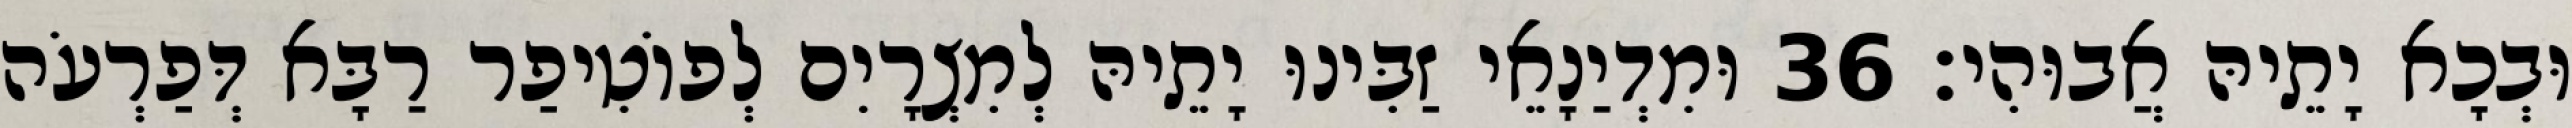
וּבְכָא יָתֵיהּ אֲבוּהִי׃ 36 וּמִדְיַנָאֵי זַבִּינוּ יָתֵיהּ לְמִצְרָיִם לְפוֹטִיפַר רַבָּא דְּפַרְעֹה